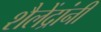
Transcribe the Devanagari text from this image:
शैलेंद्रांनी